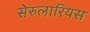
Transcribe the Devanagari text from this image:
सेरुलारियस